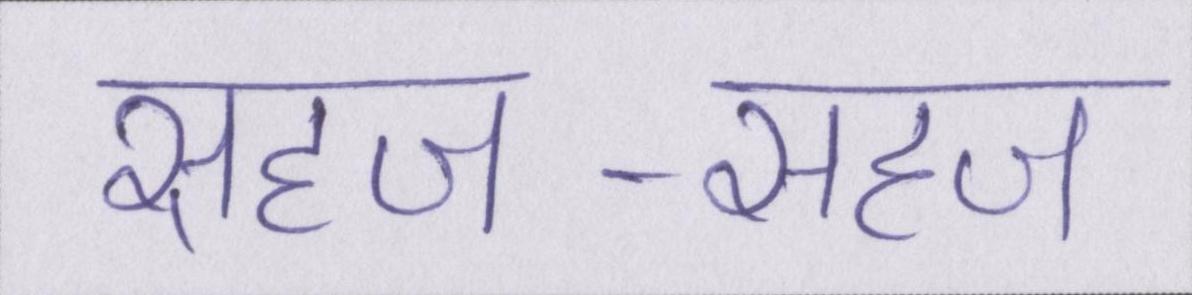
सहज-सहज